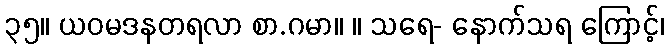
၃၅။ ယဝမဒနတရလာ စာ.ဂမာ။ ။ သရေ- နောက်သရ ကြောင့်၊